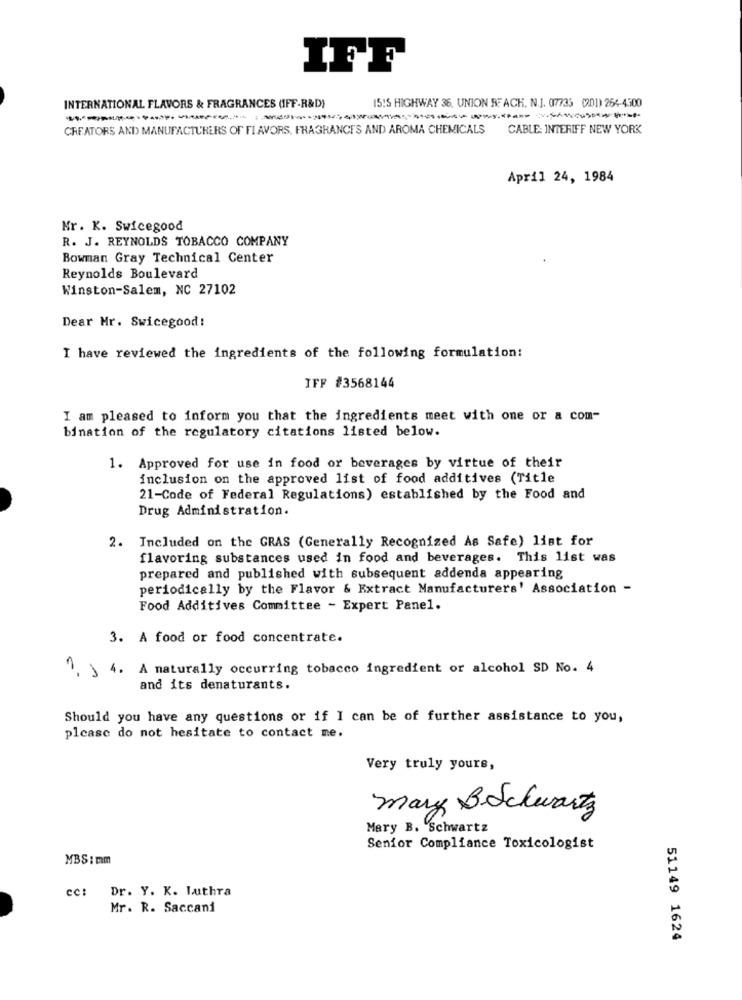
IFF
15:5 HIGHWAY 36, UNION RFACK, N.J. 07735 (201) 264-4300
INTERNATIONAL FLAVORS & FRAGRANCES (IFF-R&D)
CREATORS AND MANUFACTURERS OF FI AVORS. FRAGRANCES AND AROMA CHEMICALS
CABLE: INTERIFF NEW YORK
April 24, 1984
Mr. K. Swicegood
R. J. REYNOLDS TOBACCO COMPANY
Bowman Gray Technical Center
Reynolds Boulevard
Winston-Salem, NC 27102
Dear Mr. Swicegood!
I have reviewed the ingredients of the following formulation:
IFF #3568144
I am pleased to inform you that the ingredients meet with one or a com-
bination of the regulatory citations listed below.
1. Approved for use in food or beverages by virtue of their
inclusion on the approved list of food additives (Title
21-Code of Federal Regulations) established by the Food and
Drug Administration.
2. Included on the GRAS (Generally Recognized As Safe) list for
flavoring substances used in food and beverages. This list was
prepared and published with subsequent addenda appearing
periodically by the Flavor & Extract Manufacturers' Association -
Food Additives Committee - Expert Panel.
3. A food or food concentrate.
1. ) 4. A naturally occurring tobacco ingredient or alcohol SD No. 4
and its denaturants.
Should you have any questions or if I can be of further assistance to you,
please do not hesitate to contact me.
Very truly yours,
mary BSchwartz
Mary B. Schwartz
Senior Compliance Toxicologist
MBS: mm
cc:
Dr. Y. K. Luthra
Mr. R. Saccani
51149 1624